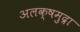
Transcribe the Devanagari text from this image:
अलक्षमुद्रा